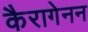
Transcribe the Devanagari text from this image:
कैरागेनन